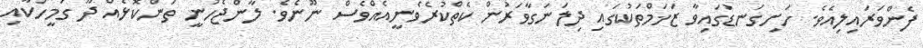
ފެންވަރައިލިއެވެ. ހަށިގަނޑުގައިވާ ޒަޚަމްތަކުގައި ދިލަނަގާވަރުން ކެތްކުރެވެނީއެއްވެސް ނޫނެވެ. ލާންޖެހުނީ ތަންކޮޅެއް ދޫ ގަމީހަކާއި